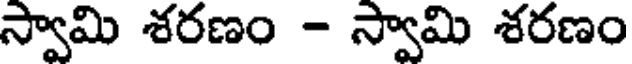
స్వామి శరణం - స్వామి శరణం